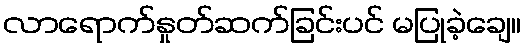
လာရောက်နှုတ်ဆက်ခြင်းပင် မပြုခဲ့ချေ။